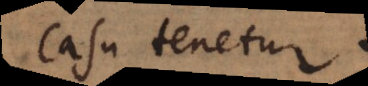
casu tenetur.